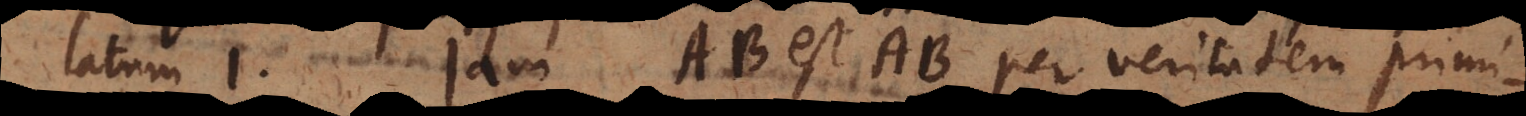
1. Jam AB est AB per veritatem primi